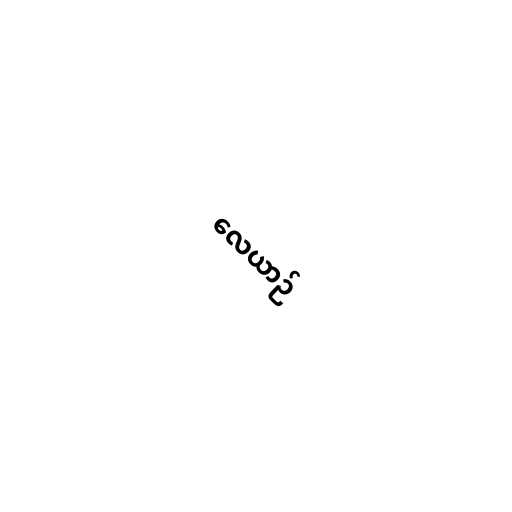
လေယာဉ်